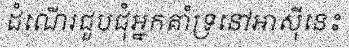
ដំណើរជួបជុំអ្នកគាំទ្រនៅអាស៊ីនេះ